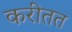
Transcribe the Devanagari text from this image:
करीतत